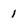
Character: 1